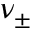
\nu _ { \pm }